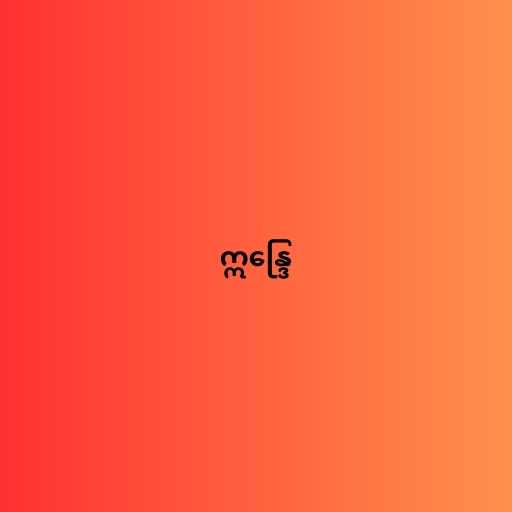
ဣန္ဒြေ